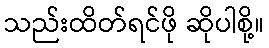
သည်းထိတ်ရင်ဖို ဆိုပါစို့။